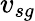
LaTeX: v_{sg}